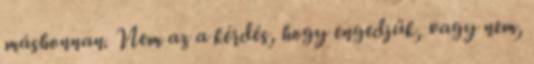
máshonnan. Nem az a kérdés, hogy engedjük, vagy nem,